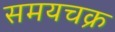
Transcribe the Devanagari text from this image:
समयचक्र